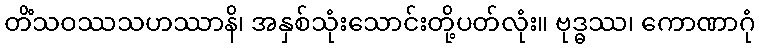
တိံသဝဿသဟဿာနိ၊ အနှစ်သုံးသောင်းတို့ပတ်လုံး။ ဗုဒ္ဓဿ၊ ကောဏာဂုံ